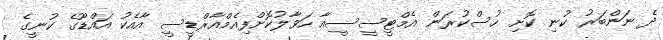
ދެ ނަންބަރު ކުނި ކޮށި ހުސްކުރަން އެމްޓީސީސީއާ ހަވާލުކޮށްފިއެމްއާރްޑީސީ އާއެކު އައްޑޫގެ ކުނީގެ